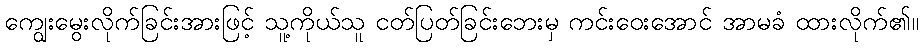
ကျွေးမွေးလိုက်ခြင်းအားဖြင့် သူ့ကိုယ်သူ ငတ်ပြတ်ခြင်းဘေးမှ ကင်းဝေးအောင် အာမခံ ထားလိုက်၏။